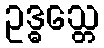
ဥဒ္ဓသ္တေ